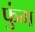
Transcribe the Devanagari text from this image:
फुंग